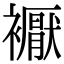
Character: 𧞣